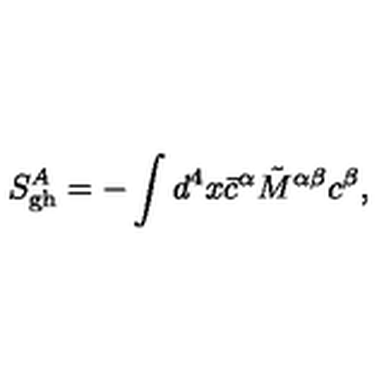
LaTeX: S _ { \mathrm { g h } } ^ { A } = - \int d ^ { 4 } x { \bar { c } } ^ { \alpha } \tilde { M } ^ { \alpha \beta } c ^ { \beta } ,